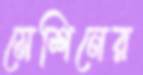
মেশিনের